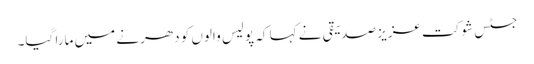
جسٹس شوکت عزیز صدیقی نے کہا کہ پولیس والوں کو دھرنے میں مارا گیا۔